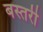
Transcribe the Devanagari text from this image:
बस्तरी